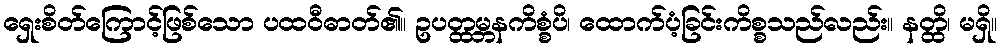
ရှေးစိတ်ကြောင့်ဖြစ်သော ပထဝီဓာတ်၏။ ဥပတ္ထမ္ဘနကိစ္စံပိ၊ ထောက်ပံ့ခြင်းကိစ္စသည်လည်း။ နတ္ထိ၊ မရှိ။